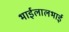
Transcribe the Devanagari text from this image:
भाईलालभाई